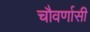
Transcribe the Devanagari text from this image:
चौवर्णासी